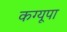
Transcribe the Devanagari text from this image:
कग्‍यूपा